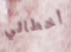
أخطائي